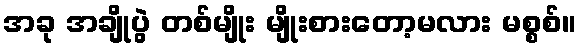
အခု အချိုပွဲ တစ်မျိုး မျိုးစားတော့မလား မစ္စစ်။